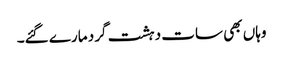
وہاں بھی سات دہشت گرد مارے گئے۔